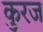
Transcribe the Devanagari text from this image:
कुरज